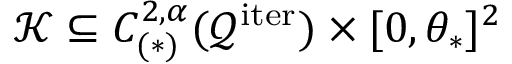
\mathcal { K } \subseteq C _ { ( \ast ) } ^ { 2 , \alpha } ( \mathcal { Q } ^ { \mathrm { i t e r } } ) \times [ 0 , \theta _ { \ast } ] ^ { 2 }